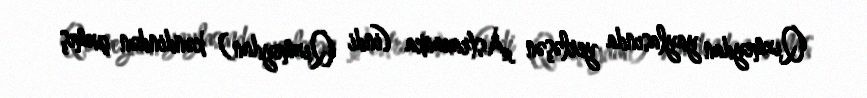
Qızmeydan yaylasında yerləşən Astraxanka (indi Qızmeydan) kəndindən çıxmış